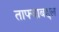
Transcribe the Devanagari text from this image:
ताफ्याबद्दल